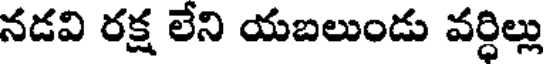
నడవి రక్ష లేని యబలుండు వర్ధిల్లు